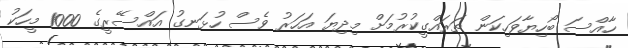
ހާއްސަ ބޯހިޔާވަހިކަން ތަރައްގީކުރުމަށް މިދިޔަ އަހަރު ވެސް ހުޅަނގު އައްސޭރީގެ 1000 މީހަކު